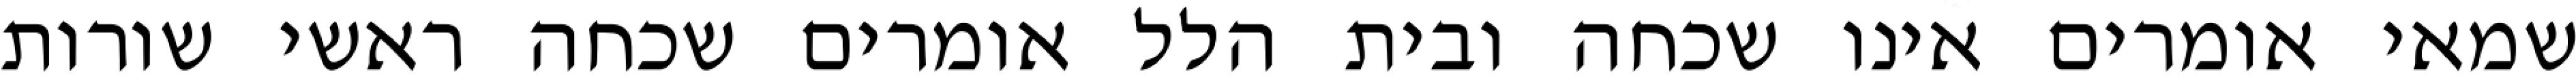
שמאי אומרים אינו שכחה ובית הלל אומרים שכחה ראשי שורות